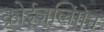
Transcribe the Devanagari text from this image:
क्रोईज़लिंगेन